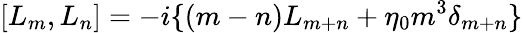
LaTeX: [L_{m},L_{n}]=-i\{ (m-n)L_{m+n}+\eta_{0}m^{3}\delta_{m+n}\}